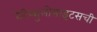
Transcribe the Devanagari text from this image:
रेटिक्युलोसाइटसची